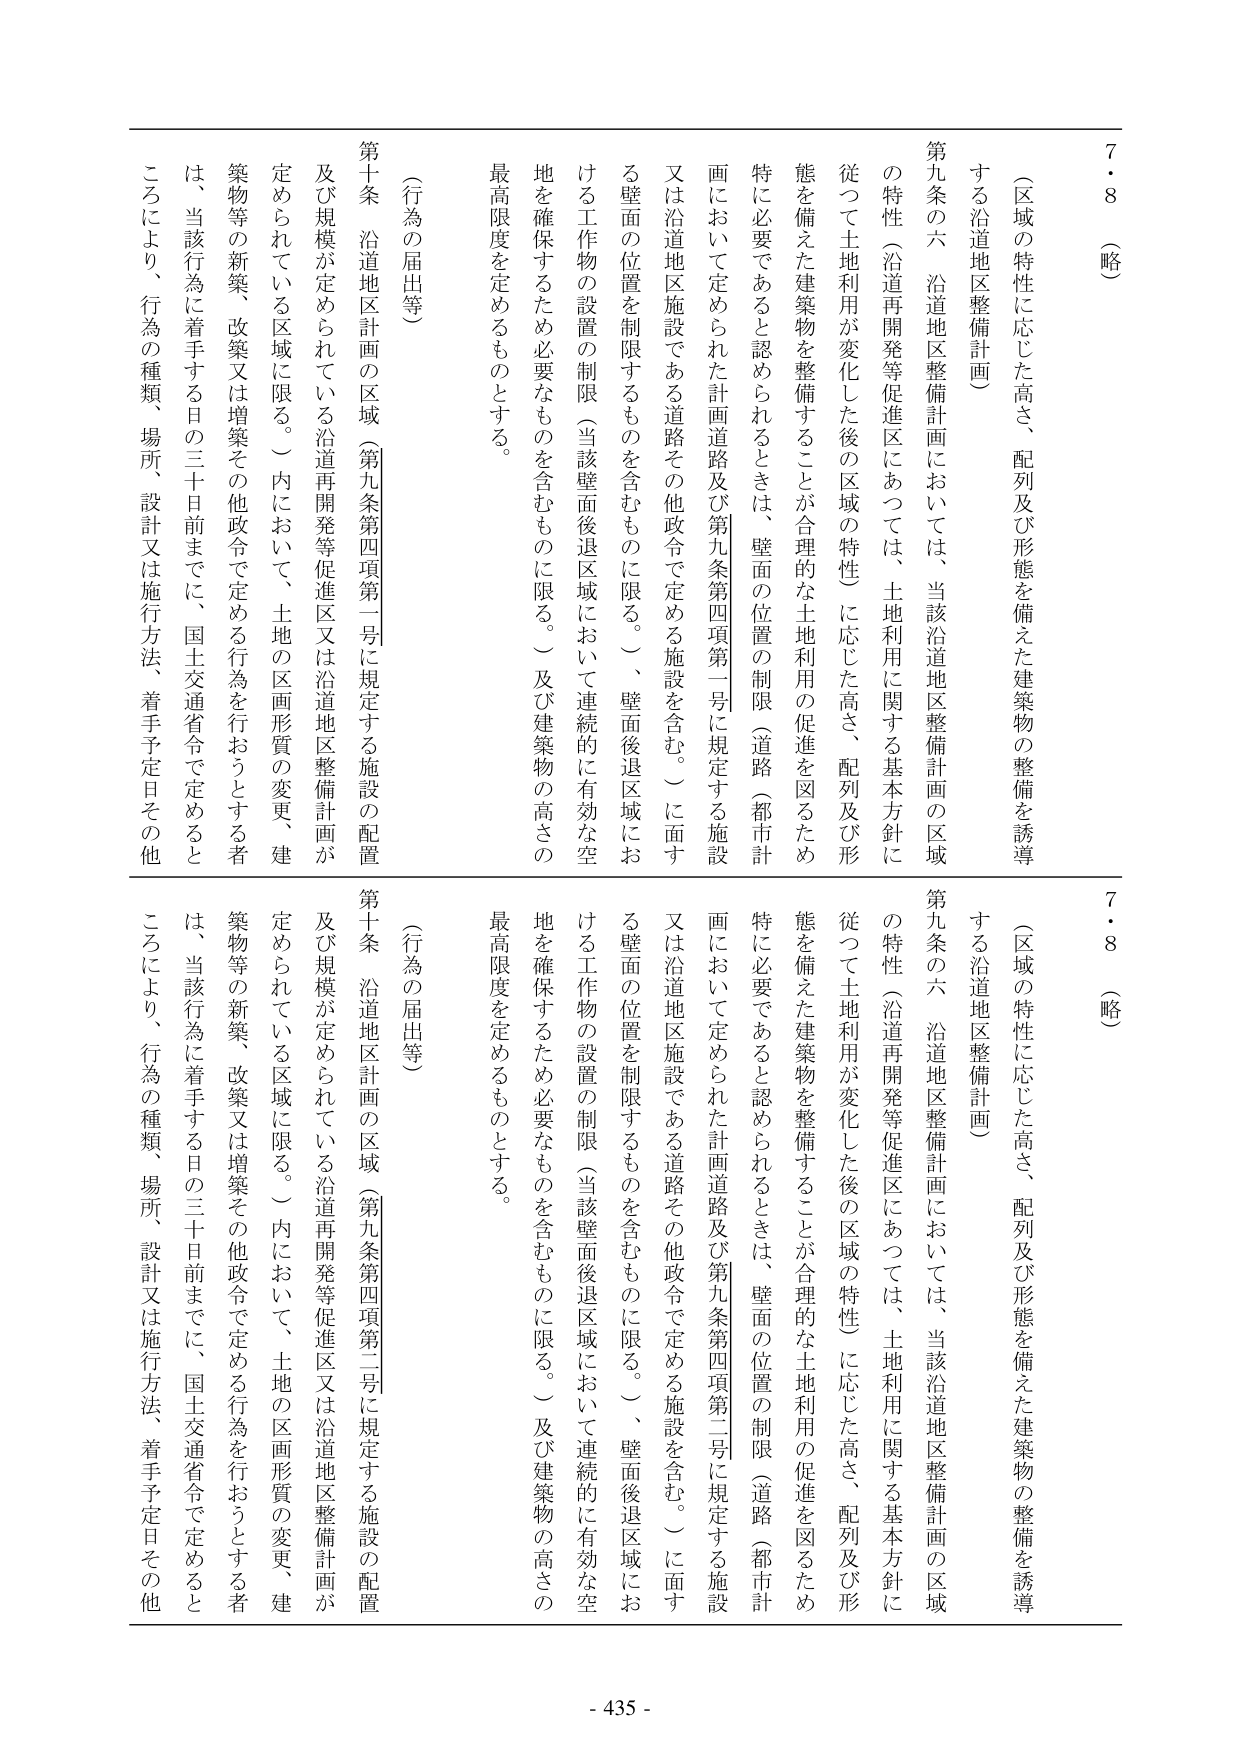
7・8（略）

（区域の特性に応じた高さ、配列及び形態を備えた建築物の整備を誘導する沿道地区整備計画）

第九条の六 沿道地区整備計画においては、当該沿道地区整備計画の区域の特性（沿道再開発等促進区にあっては、土地利用に関する基本方針に従って土地利用が変化した後の区域の特性）に応じた高さ、配列及び形態を備えた建築物を整備することが合理的な土地利用の促進を図るため特に必要であると認められるときは、壁面の位置の制限（道路（都市計画において定められた計画道路及び第九条第四項第一号に規定する施設又は沿道地区施設である道路その他政令で定める施設を含む。）に面する壁面の位置を制限するものを含むものに限る。）、壁面後退区域における工作物の設置の制限（当該壁面後退区域において連続的に有効な空地を確保するため必要なものを含むものに限る。）及び建築物の高さの最高限度を定めるものとする。

（行為の届出等）

第十条 沿道地区計画の区域（第九条第四項第一号に規定する施設の配置及び規模が定められている沿道再開発等促進区又は沿道地区整備計画が定められている区域に限る。）内において、土地の区画形質の変更、建築物等の新築、改築又は増築その他政令で定める行為を行おうとする者は、当該行為に着手する日の三十日前までに、国土交通省令で定めるところにより、行為の種類、場所、設計又は施行方法、着手予定日その他

7・8（略）

（区域の特性に応じた高さ、配列及び形態を備えた建築物の整備を誘導する沿道地区整備計画）

第九条の六 沿道地区整備計画においては、当該沿道地区整備計画の区域の特性（沿道再開発等促進区にあっては、土地利用に関する基本方針に従って土地利用が変化した後の区域の特性）に応じた高さ、配列及び形態を備えた建築物を整備することが合理的な土地利用の促進を図るため特に必要であると認められるときは、壁面の位置の制限（道路（都市計画において定められた計画道路及び第九条第四項第二号に規定する施設又は沿道地区施設である道路その他政令で定める施設を含む。）に面する壁面の位置を制限するものを含むものに限る。）、壁面後退区域における工作物の設置の制限（当該壁面後退区域において連続的に有効な空地を確保するため必要なものを含むものに限る。）及び建築物の高さの最高限度を定めるものとする。

（行為の届出等）

第十条 沿道地区計画の区域（第九条第四項第二号に規定する施設の配置及び規模が定められている沿道再開発等促進区又は沿道地区整備計画が定められている区域に限る。）内において、土地の区画形質の変更、建築物等の新築、改築又は増築その他政令で定める行為を行おうとする者は、当該行為に着手する日の三十日前までに、国土交通省令で定めるところにより、行為の種類、場所、設計又は施行方法、着手予定日その他

- 435 -